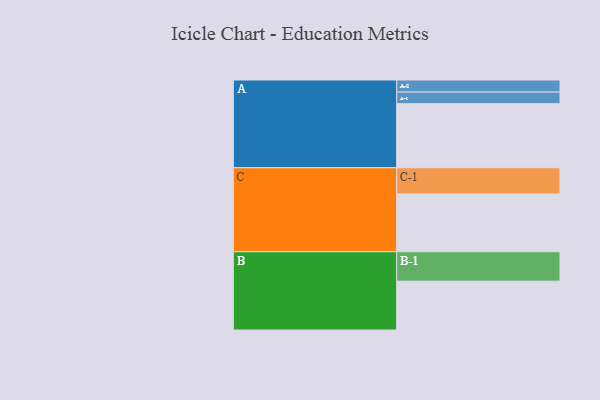
{"axis": {"x": "Segment", "y": "Value"}, "legend": ["", "A", "B", "C"], "data": [{"x": "A", "y": 576, "type": ""}, {"x": "B", "y": 439, "type": ""}, {"x": "C", "y": 519, "type": ""}, {"x": "A-1", "y": 104, "type": "A"}, {"x": "A-2", "y": 109, "type": "A"}, {"x": "B-1", "y": 265, "type": "B"}, {"x": "C-1", "y": 236, "type": "C"}]}